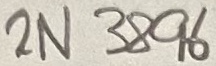
Text: 2N3896